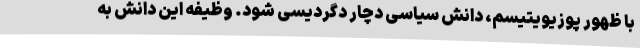
با ظهور پوزیویتیسم، دانش سیاسی دچار دگردیسی شود. وظیفه این دانش به